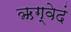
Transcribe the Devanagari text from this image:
ऋग्वेदं